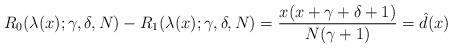
LaTeX: \begin{gather*}R_{0}(\lambda(x);\gamma,\delta,N)- R_{1}(\lambda(x);\gamma,\delta,N) = \frac{x(x+\gamma+\delta+1)}{N(\gamma+1)} = \hat{d}(x)\end{gather*}